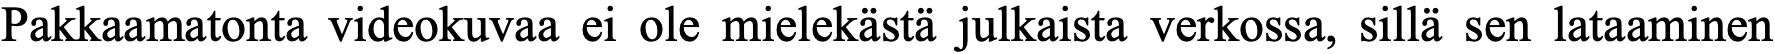
Pakkaamatonta videokuvaa ei ole mielekästä julkaista verkossa, sillä sen lataaminen